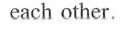
each other.